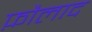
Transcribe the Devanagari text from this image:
फ़ौलाद